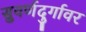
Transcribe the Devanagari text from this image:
सुवर्णदुर्गावर